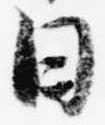
日